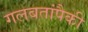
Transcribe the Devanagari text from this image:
गलबतांपैकी